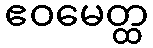
ဧဝမေတ္ထ